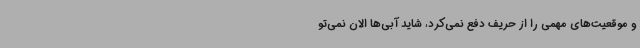
و موقعیت‌های مهمی را از حریف دفع نمی‌کرد، شاید آبی‌ها الان نمی‌تو